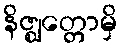
နိဇ္ဈတ္တောမှိ